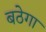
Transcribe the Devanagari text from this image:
बठेगा